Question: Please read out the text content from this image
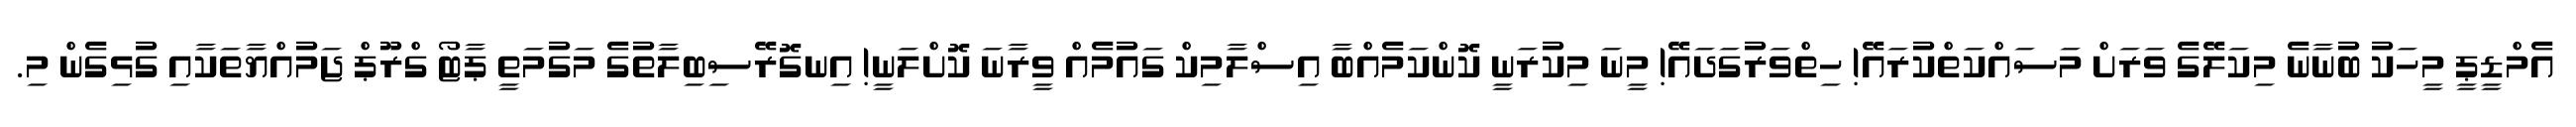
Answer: އެމްޑީޕީ މީހަކު ބުނާނެ މިކަލޭގެ ވަރަށް މަސައްކަތްކުރައޭ! ހިތްވަރުގަދައޭ! މީނަ މިކުރަނީ ކޮންކަމެއްބާ އިސްލާމިކް ގައުމެއް ވީރާނަ ކޮށްލަނީ! އިނގޮރޭސިބިލާތުގެ މަގުމަތީ ޕާޓޯ ގްރޫޕް ޖަމުއްޔާތަކާއި ގުޅިގެން މި.